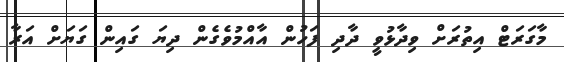
މާގަރަޓް އިތުރަށް ވިދާޅުވީ ދާދި ފަހުން އާއްމުވެގެން ދިޔަ ގައިން ގަޔަށް އަރާ